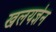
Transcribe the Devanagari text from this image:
खलयज्ञेन